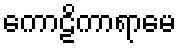
ကောဠိကာရာမေ